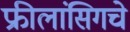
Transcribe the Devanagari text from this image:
फ्रीलांसिगचे